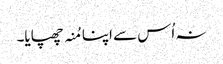
نہ اُس سے اپنا مُنہ چھپایا۔